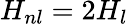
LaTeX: H_{nl}=2H_{l}